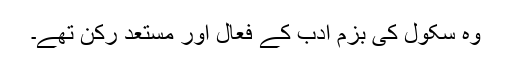
وہ سکول کی بزم ادب کے فعال اور مستعد رکن تھے۔